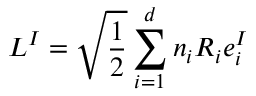
L ^ { I } = \sqrt \frac { 1 } { 2 } \sum _ { i = 1 } ^ { d } n _ { i } R _ { i } e _ { i } ^ { I }